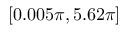
[ 0 . 0 0 5 \pi , 5 . 6 2 \pi ]